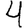
Digit: 4